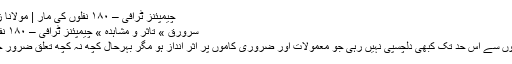
چیمپئنز ٹرافی – ۱۸۰ نفلوں کی مار | مولانا زاہد الراشدی
سرورق » تاثر و مشاہدہ » چیمپئنز ٹرافی – ۱۸۰ نفلوں کی مار
مجھے کھیلوں سے اس حد تک کبھی دلچسپی نہیں رہی جو معمولات اور ضروری کاموں پر اثر انداز ہو مگر بہرحال کچھ نہ کچھ تعلق ضرور چلا آرہا ہے۔